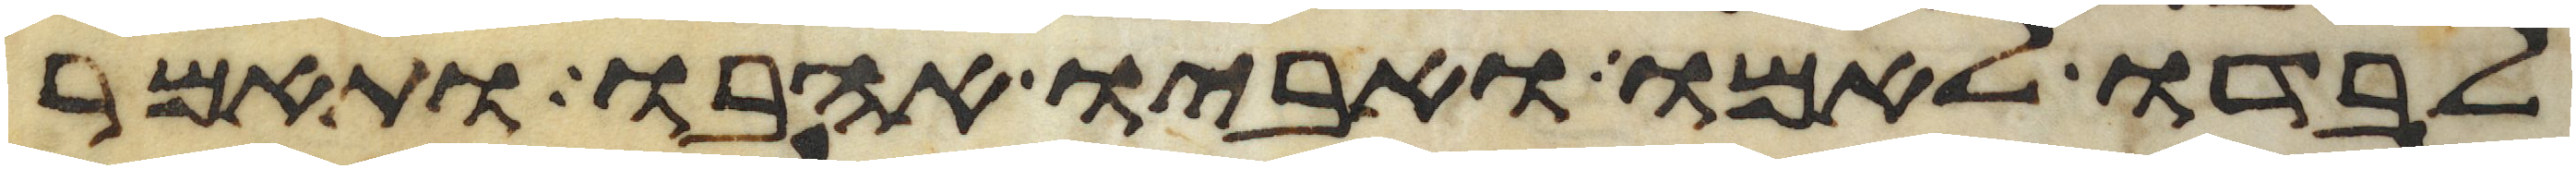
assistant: לבדו לאמו ואביו אהבו ותאמר